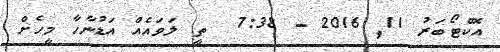
އޮކްޓޯބަރު 11